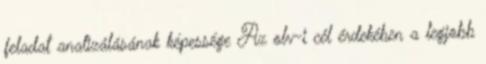
feladat analizálásának képessége Az olv-i cél érdekében a legjobb